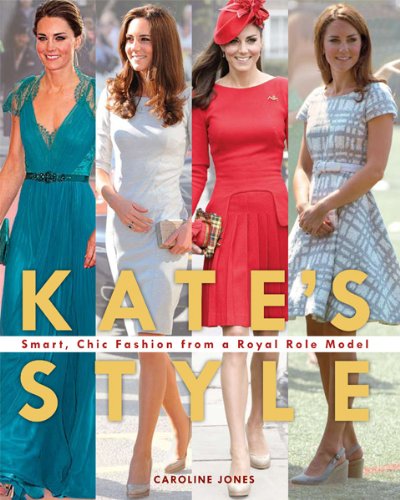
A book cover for Kate's Style: Smart, Chic Fashion from a Royal Role Model; Caroline Jones; Arts & Photography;